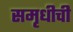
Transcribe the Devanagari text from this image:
समृधीची